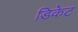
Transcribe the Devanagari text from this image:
डिकेट